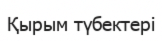
Қырым түбектері